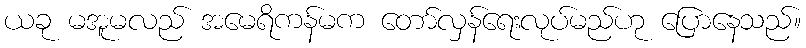
ယခု မအူမလည် အမေရိကန်မက တော်လှန်ရေးလုပ်မည်ဟု ပြောနေသည်။